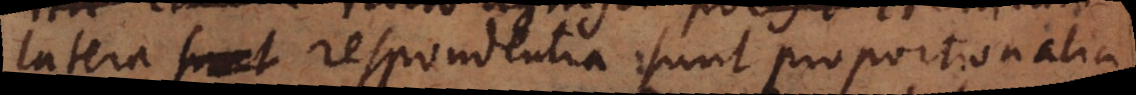
latera sunt respondentia sunt proportionalia